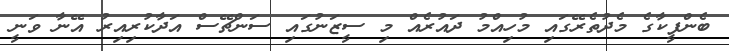
ބެންފީކާގެ މެދުތެރޭގައި މުހިއްމު ދައުރެއް މި ސީޒަނުގައި ސަންޗޭސް އަދާކުރިއިރު އޭނާ ވަނީ